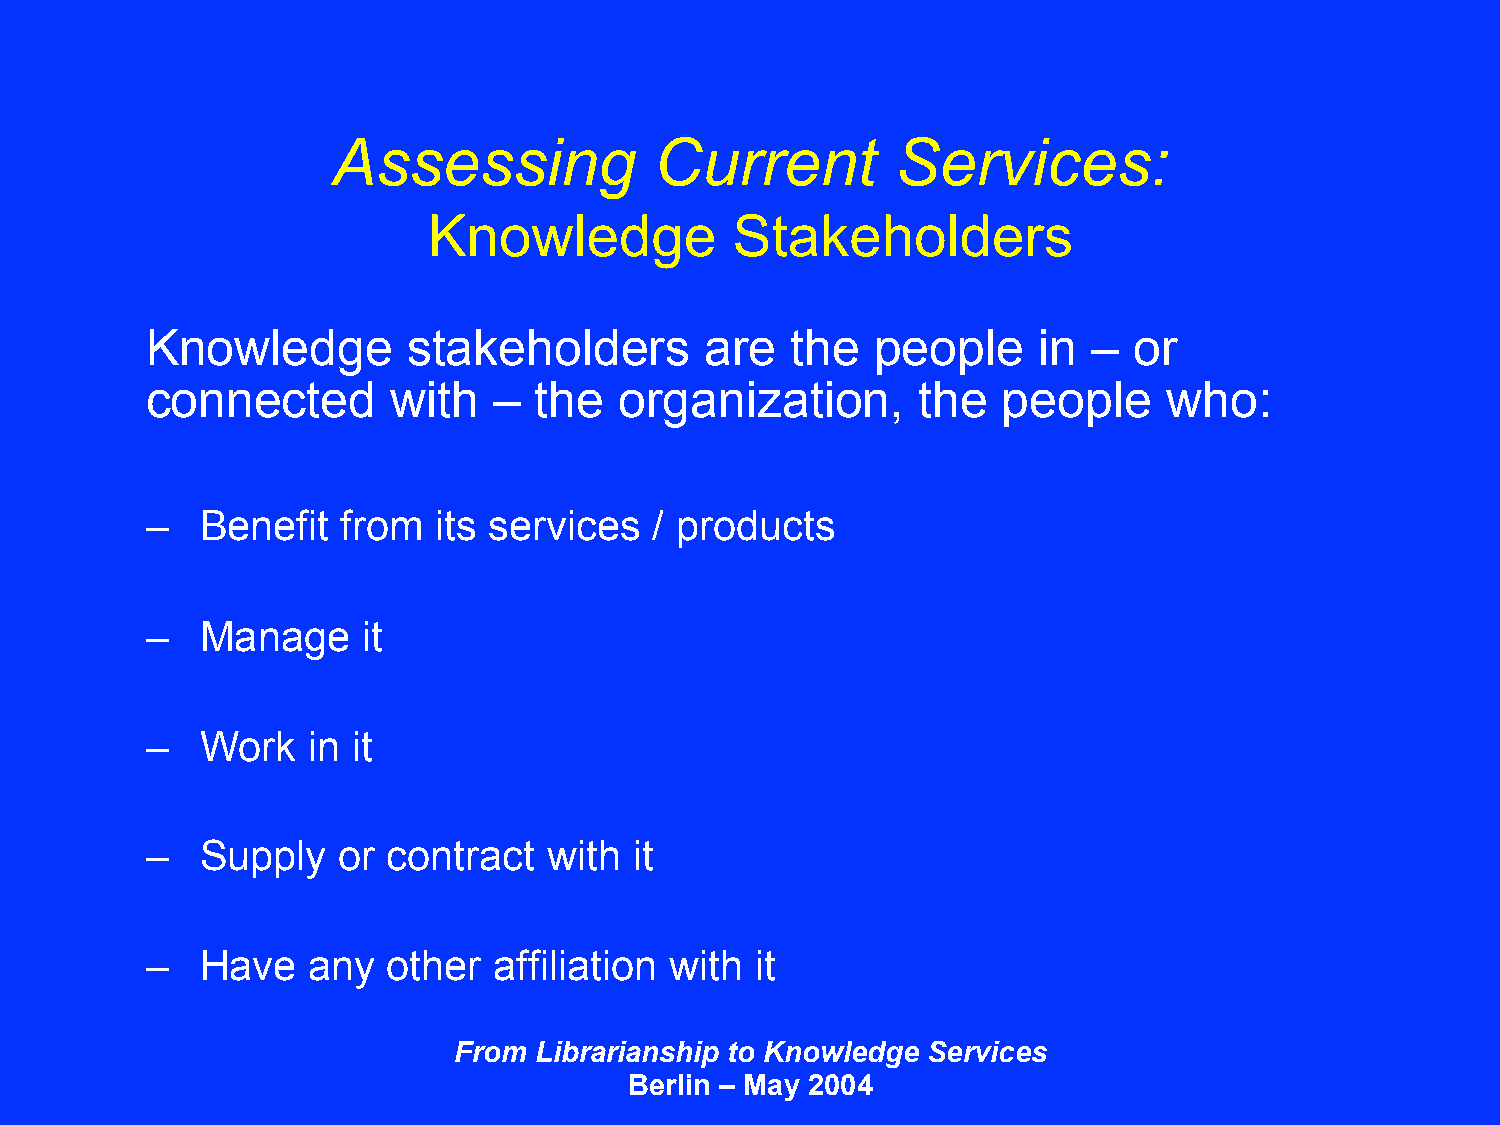
Assessing            Current         Services:
 Knowledge            Stakeholders
 Knowledge        stakeholders        are  the   people     in –  or
 connected       with   – the   organization,       the  people     who:
 –  Benefit   from  its services  / products
 –  Manage     it
 –  Work   in it
 –  Supply   or  contract  with  it
 –  Have   any   other  affiliation with it
 From Librarianship to Knowledge Services
 Berlin – May 2004